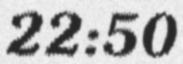
22:50